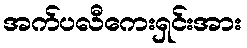
အက်ပလီကေးရှင်းအား